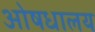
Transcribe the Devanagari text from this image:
ओषधालय